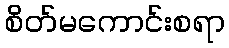
စိတ်မကောင်းစရာ